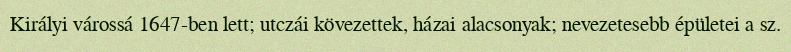
Királyi várossá 1647-ben lett; utczái kövezettek, házai alacsonyak; nevezetesebb épületei a sz.